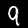
Label: 9